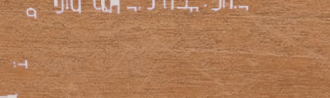
نحن نرحب بكم في متجرنا لخ